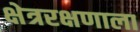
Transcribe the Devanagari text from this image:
क्षेत्ररक्षणाला